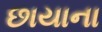
છાયાના